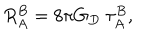
LaTeX: R _ { A } ^ { B } = 8 \pi G _ { D } ~ \tau _ { A } ^ { B } ,